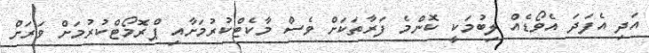
އަދި އެފަދަ އެވޯޑެއް ލިބުމަކީ ކޮންމެ ފަރާތަކަށް ވެސް މާކެޓްކުރުމަށާއި ޕްރޮމޯޓްކުރުމަށް ވަރަށް